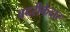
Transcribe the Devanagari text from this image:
बदरीकेदार